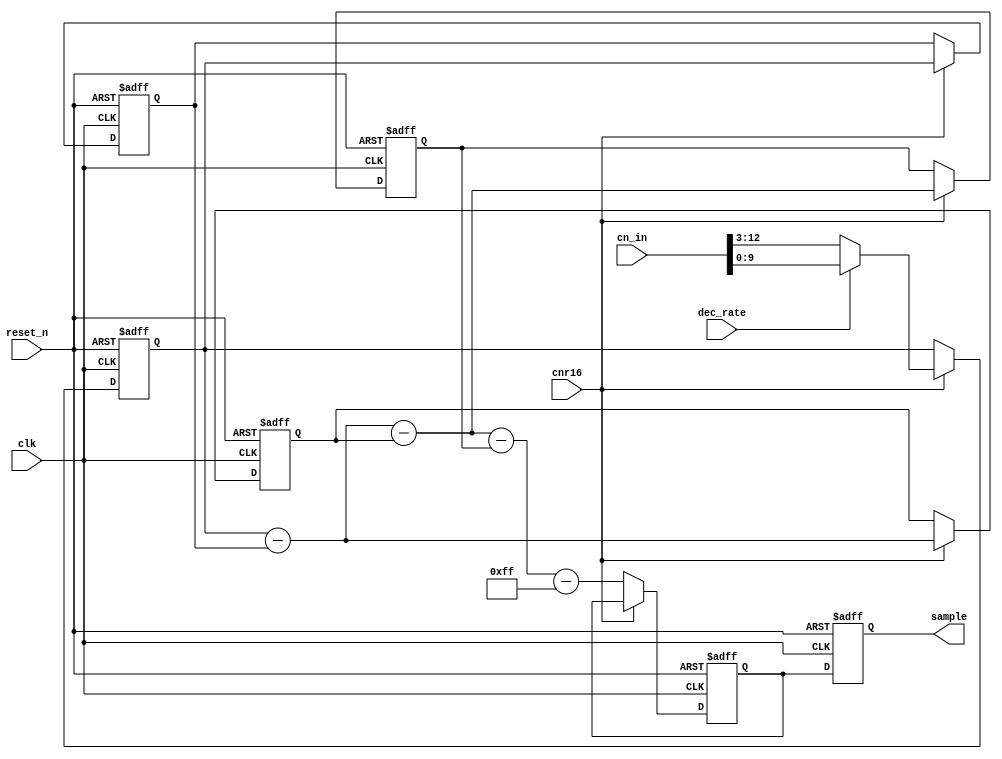
// Copyright (C) 1991-2011 Altera Corporation
// Your use of Altera Corporation's design tools, logic functions 
// and other software and tools, and its AMPP partner logic 
// functions, and any output files from any of the foregoing 
// (including device programming or simulation files), and any 
// associated documentation or information are expressly subject 
// to the terms and conditions of the Altera Program License 
// Subscription Agreement, Altera MegaCore Function License 
// Agreement, or other applicable license agreement, including, 
// without limitation, that your use is for the sole purpose of 
// programming logic devices manufactured by Altera and sold by 
// Altera or its authorized distributors.  Please refer to the 
// applicable agreement for further details.

// Sinc3 filter differentiator based on "Combining the ADS1202 with
// an FPGA Digital Filter for Current Measurement in Motor Control
// Applications" TI Application report SBAA094 June 2003

// Sinc3 filter differentiator based on "Combining the ADS1202 with
// an FPGA Digital Filter for Current Measurement in Motor Control
// Applications" TI Application report SBAA094 June 2003
//
// For a 3 stage Sinc3 filter, each 2x increase in decimation rate
// requires 3 extra bits in the data path

`timescale 1ns/1ns

module ssg_emb_sd_adc_dec16 (
    input               clk,        // ADC clock
    input               reset_n,    // syetm reset
    input               cnr16,      // Decimator pulse
    input               dec_rate,   // Decimation rate control register bit 1: M=8, 0: M=16
    input [21:0]        cn_in,      // Input from integrator
    
    output reg [9:0]    sample      // Output sample
);

reg [9:0] dn0, dn1, dn3, dn5, sample_x;
wire [9:0] cn3, cn4, cn5;

always @(posedge clk or negedge reset_n)
    if (~reset_n)
    begin
        dn0 <= 10'b0;
        dn1 <= 10'b0;
        dn3 <= 10'b0;
        dn5 <= 10'b0;
        sample_x <= 10'b0;
    end
    else if (cnr16)
    begin
        dn0 <= dec_rate ? cn_in[9:0] : cn_in[12:3];
        dn1 <= dn0;
        dn3 <= cn3;
        dn5 <= cn4;
    end
    else
        sample_x <= cn5 - 10'b0011111111;

assign cn3 = dn0 - dn1;
assign cn4 = cn3 - dn3;
assign cn5 = cn4 - dn5;

always @(posedge clk or negedge reset_n)
    if (~reset_n)
        sample <= 10'b0;
    else
        sample <= sample_x;

endmodule   // ssg_emb_sd_adc_dec16